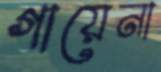
গায়েনা